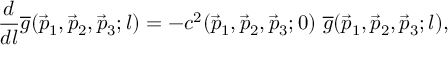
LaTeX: \frac { d } { d l } \overline { { g } } ( \vec { p } _ { 1 } , \vec { p } _ { 2 } , \vec { p } _ { 3 } ; l ) = - c ^ { 2 } ( \vec { p } _ { 1 } , \vec { p } _ { 2 } , \vec { p } _ { 3 } ; 0 ) \ \overline { { g } } ( \vec { p } _ { 1 } , \vec { p } _ { 2 } , \vec { p } _ { 3 } ; l ) ,